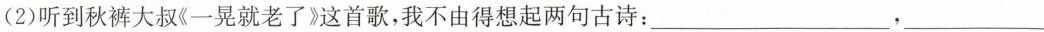
(2)听到秋裤大叔《一晃就老了》这首歌，我不由得想起两句古诗：___，___